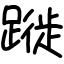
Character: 蹝